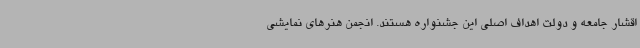
اقشار جامعه و دولت اهداف اصلی این جشنواره هستند. انجمن هنرهای نمایشی